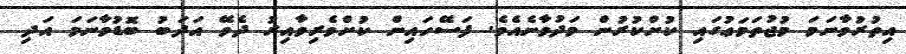
އިތުރުވާނަމަ މުޖުތަމަޢުގައި ކުށްކުރުން މަދުވާނެއެވެ. ފަސޭހައިން ކުށްވެރިވާއިރު ދެވޭ އަދަބު ބޮޑުވާނަމަ އަދި